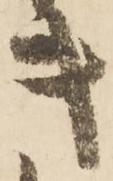
キ